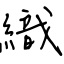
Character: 織